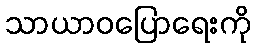
သာယာဝပြောရေးကို